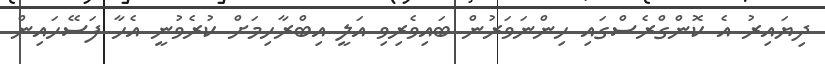
ދިޔައިރު އެ ކޮންގްރެސްގައި ހިންނަވަރުން ބައިވެރިވި އަލީ އިބްރާހިމަށް ކުރެވުނީ އެހާ ފަސޭހައިން